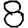
Digit: 8